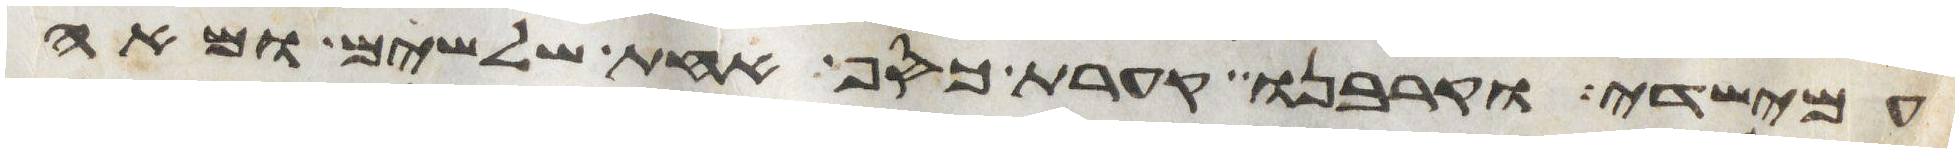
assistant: עמישדי וקרבנו קערת כסף אחת שלשים ומאה